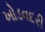
ખોડવદરી